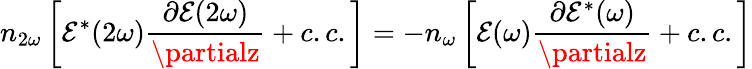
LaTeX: n_{2\omega}\left[\mathcal{E}^{*}(2\omega){\frac{{\partial\mathcal{E}(2\omega)}}{{\partialz}}}+c.c.\right]=-n_{\omega}\left[\mathcal{E}(\omega){\frac{{\partial\mathcal{E}^{*}(\omega)}}{{\partialz}}}+c.c.\right]